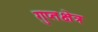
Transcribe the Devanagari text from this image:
गुप्तक्षेत्र